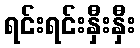
ရင်းရင်းနှီးနှီး